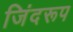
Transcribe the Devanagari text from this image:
जिंदरूप